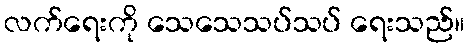
လက်ရေးကို သေသေသပ်သပ် ရေးသည်။